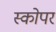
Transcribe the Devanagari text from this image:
स्कोपर